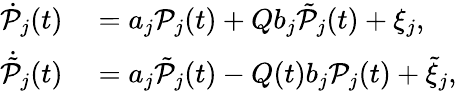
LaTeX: \begin{array}{rl}{\dot{\mathcal{P}}_{j}(t)}&{{}=a_{j}\mathcal{P}_{j}(t)+Qb_{j}\tilde{\mathcal{P}}_{j}(t)+\xi_{j},}\\ {\dot{\tilde{\mathcal{P}}}_{j}(t)}&{{}=a_{j}\tilde{\mathcal{P}}_{j}(t)-Q(t)b_{j}\mathcal{P}_{j}(t)+\tilde{\xi}_{j},}\end{array}